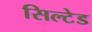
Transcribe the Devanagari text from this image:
सिल्टेड